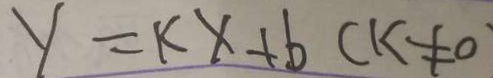
y = k x + b ( k \neq 0 )